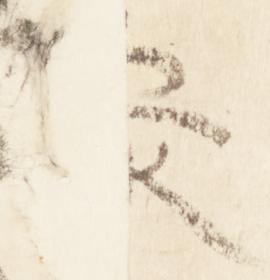
参